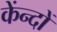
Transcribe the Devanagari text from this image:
केंन्दों